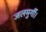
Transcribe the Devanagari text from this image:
जलमुर्गी।